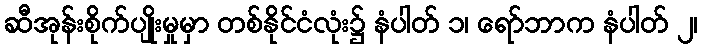
ဆီအုန်းစိုက်ပျိုးမှုမှာ တစ်နိုင်ငံလုံး၌ နံပါတ် ၁၊ ရော်ဘာက နံပါတ် ၂၊